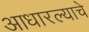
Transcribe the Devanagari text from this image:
आधारल्याचे